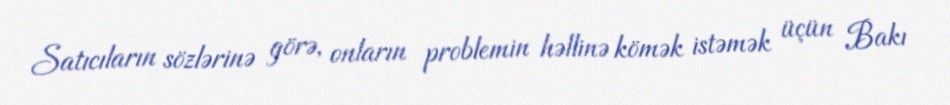
Satıcıların sözlərinə görə, onların problemin həllinə kömək istəmək üçün Bakı